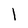
Character: l